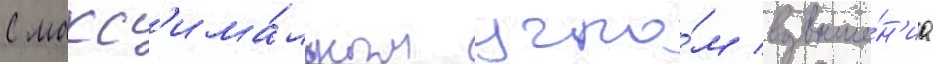
С макс'има́льным угло́м возвыше́н'иа